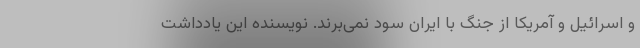
و اسرائیل و آمریکا از جنگ با ایران سود نمی‌برند. نویسنده این یادداشت